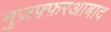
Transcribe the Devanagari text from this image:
मुज़फ़्फ़रआबाद